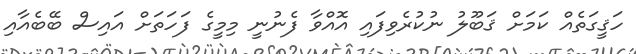
ހަޤީގަތެއް ކަމަށް ޤަބޫލު ނުކުރެވިފައި އޮއްވާ ފެނުނީ މިމީގެ ފަހަތަށް އައިސް ބޭބެއާއި